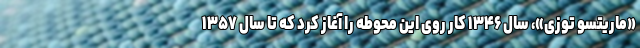
«ماریتسو توزی»، سال ۱۳۴۶ کار روی این محوطه را آغاز کرد که تا سال ۱۳۵۷